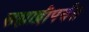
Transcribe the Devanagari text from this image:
सह्याद्रीपर्यंत